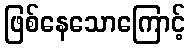
ဖြစ်နေသောကြောင့်